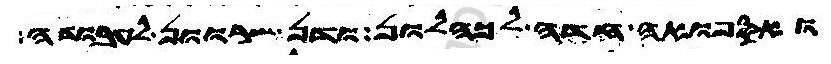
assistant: ואספואה חדה לכהלון ודן שרוון לעבודה